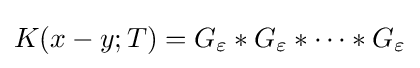
K(x-y;T)=G_{\varepsilon }*G_{\varepsilon }*\cdots *G_{\varepsilon }